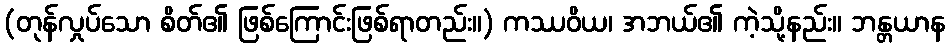
(တုန်လှုပ်သော စိတ်၏ ဖြစ်ကြောင်းဖြစ်ရာတည်း။) ကဿဝိယ၊ အဘယ်၏ ကဲ့သို့နည်း။ ဘန္တယာန